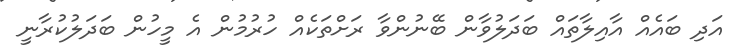
އަދި ބައެއް އާއިލާތައް ބަދަލުވާން ބޭނުންވާ ރަށްތަކެއް ހުރުމުން އެ މީހުން ބަދަލުކުރާނީ